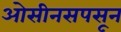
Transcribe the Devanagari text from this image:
ओसीनसपसून